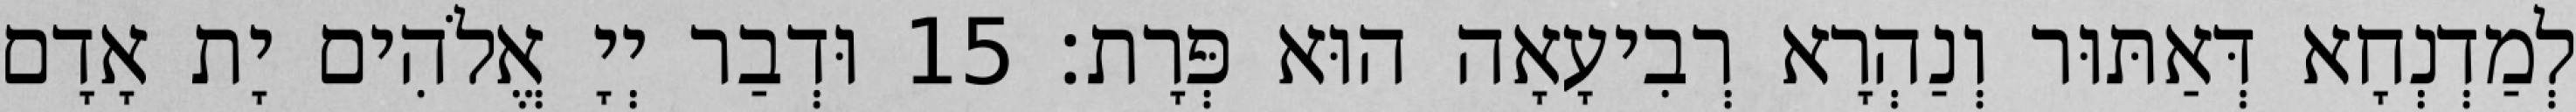
לְמַדְנְחָא דְּאַתּוּר וְנַהְרָא רְבִיעָאָה הוּא פְּרָת׃ 15 וּדְבַר יְיָ אֱלֹהִים יָת אָדָם